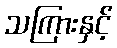
သကြားနှင့်